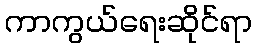
ကာကွယ်ရေးဆိုင်ရာ